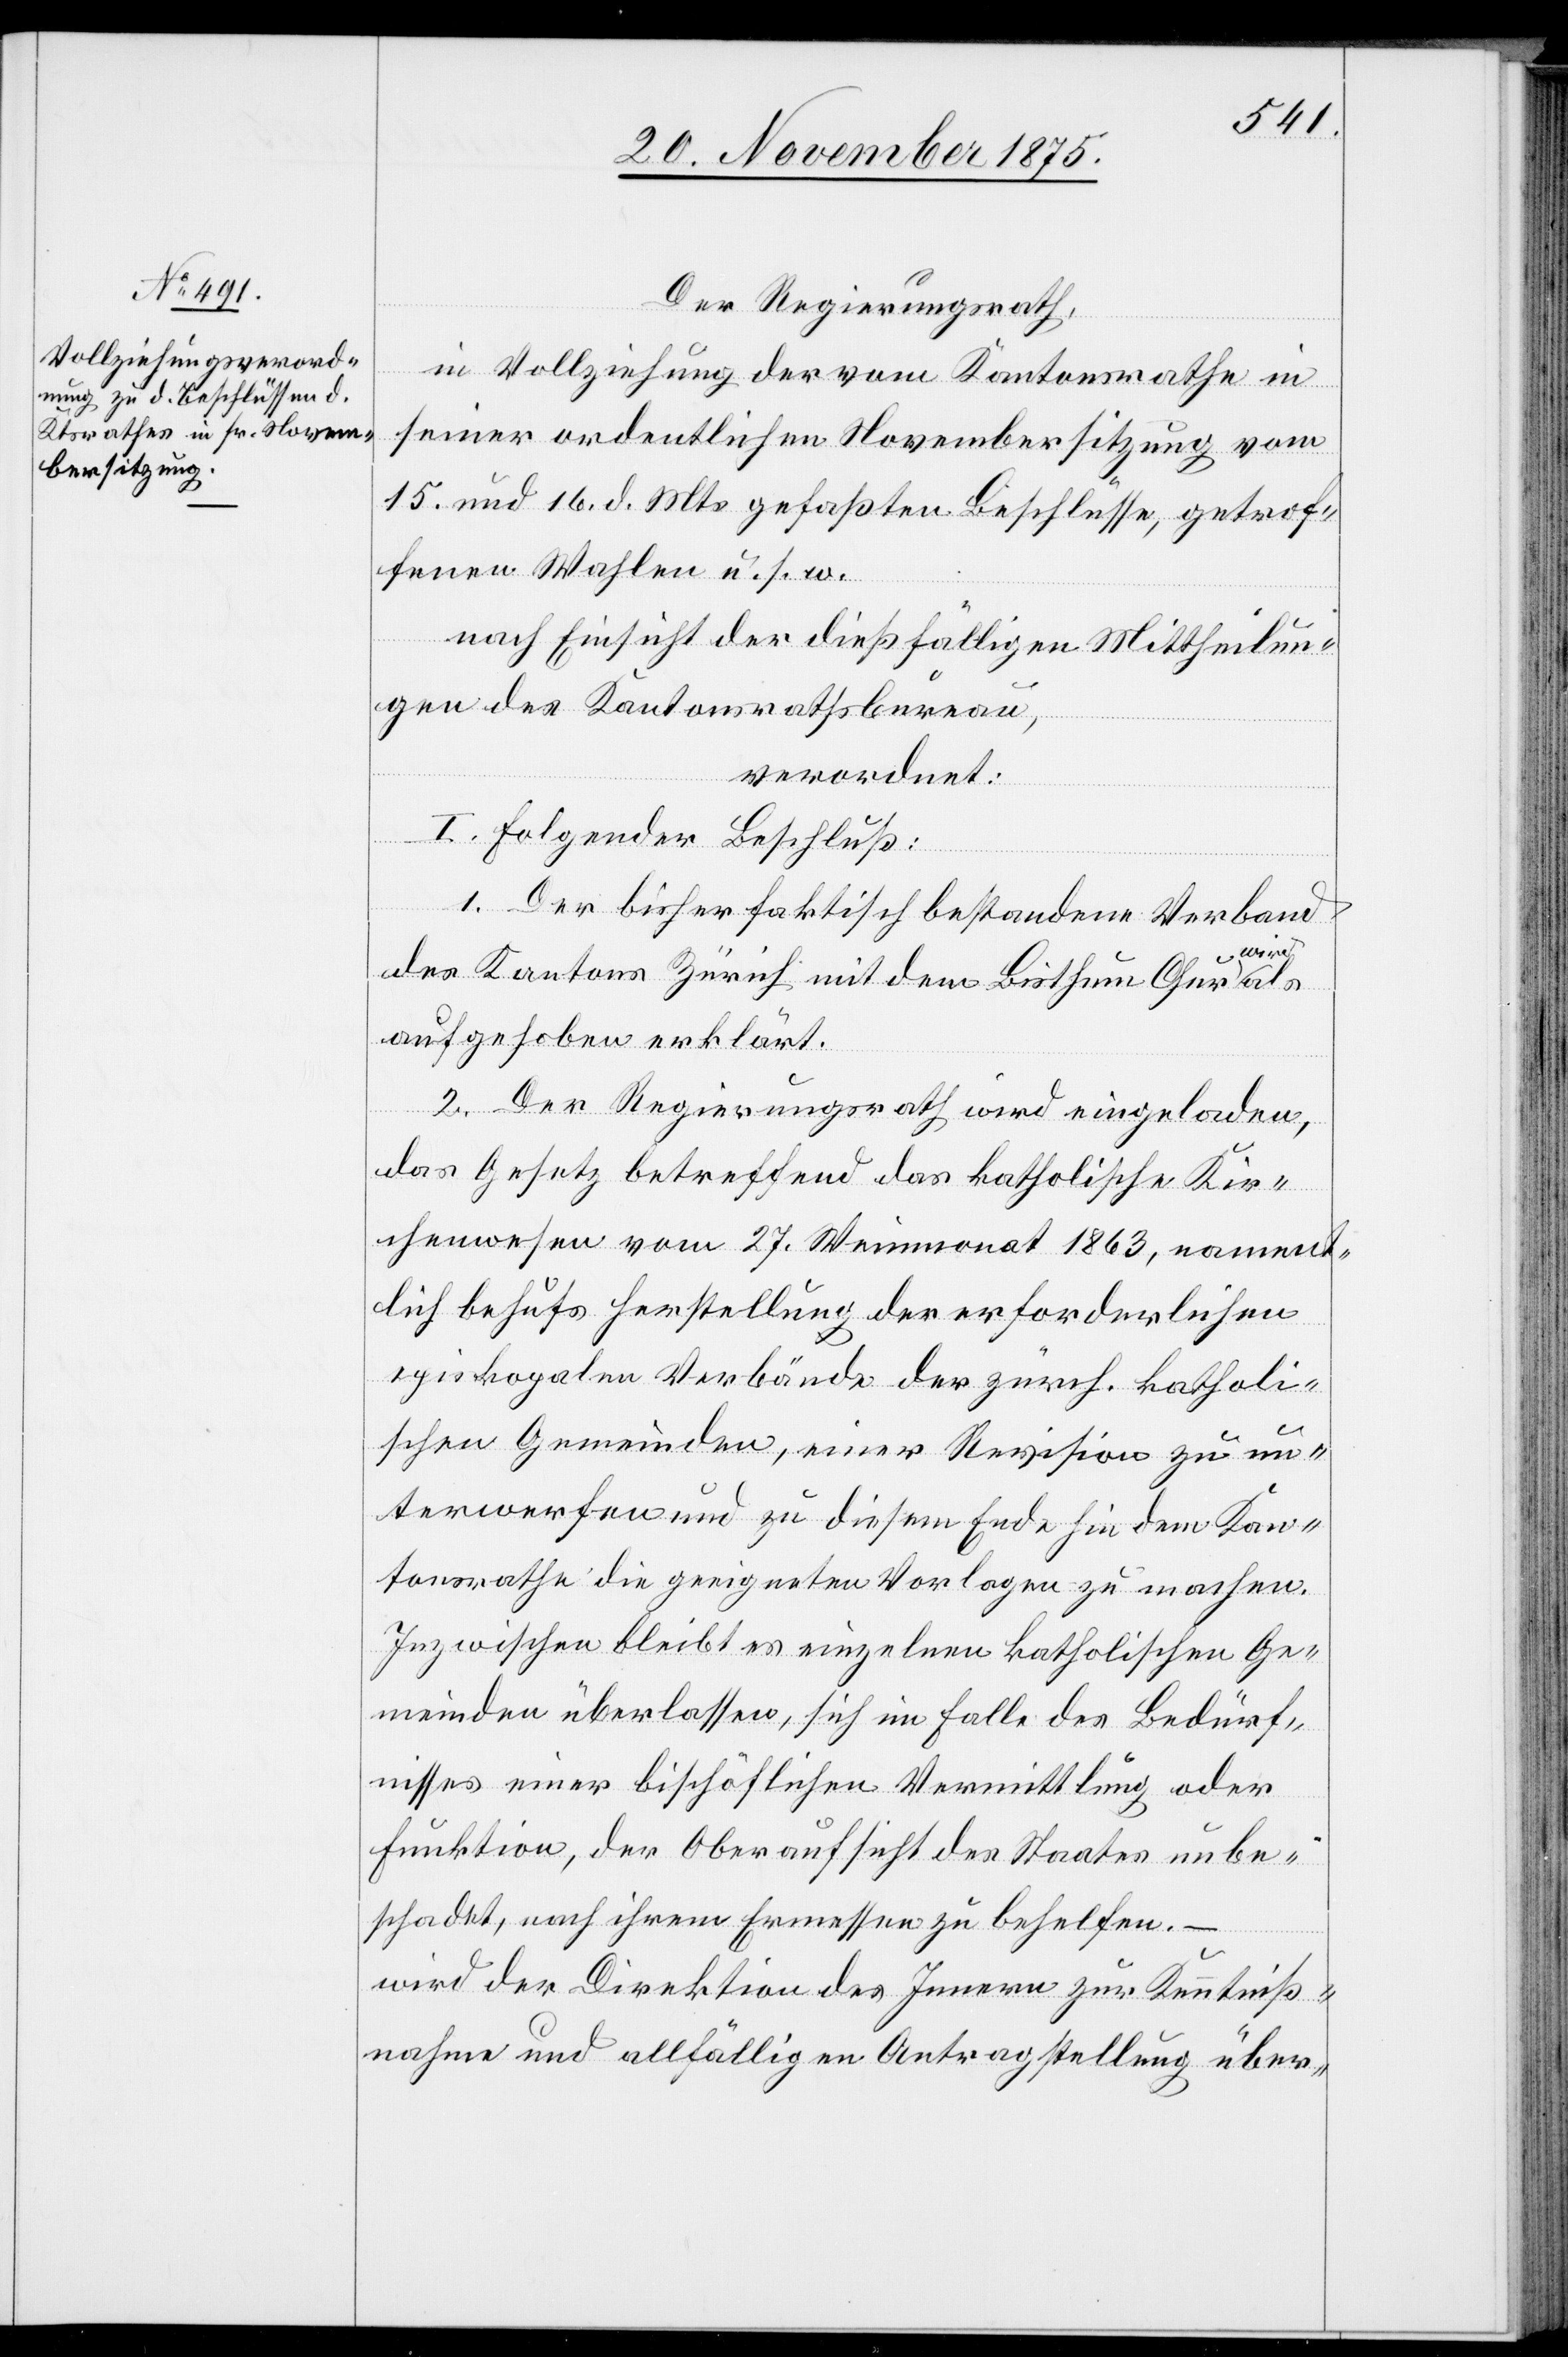
Der Regierungsrath,
in Vollziehung der vom Kantonsrathe in
seiner ordentlichen Novembersitzung vom
15. und 16. d. Mts. gefaßten Beschlüsse, getrof¬
fenen Wahlen u. s. w.
nach Einsicht der dießfälligen Mittheilun¬
gen des Kantonsrathsbureau,
verordnet:
I. Folgender Beschluß:
1. Der bisher faktisch bestandene Verband
wird
des Kantons Zürich mit dem Bisthum Chur
aufgehoben erklärt.
2. Der Regierungsrath wird eingeladen,
das Gesetz betreffend das katholische Kir¬
chenwesen vom 27. Weinmonat 1863, nament¬
lich behufs Herstellung der erforderlichen
episkopalen Verbände der zürch. katholi¬
schen Gemeinden, einer Revision zu un¬
terwerfen und zu diesem Ende hin dem Kan¬
tonsrathe die geeigneten Vorlagen zu machen.
Inzwischen bleibt es einzelnen katholischen Ge¬
meinden überlassen, sich im Falle des Bedürf¬
nisses einer bischöflichen Vermittlung oder
Funktion, der Oberaufsicht des Staates unbe¬
schadet, nach ihrem Ermessen zu behelfen. –
wird der Direktion des Innern zur Kenntniß¬
nahme und allfälligen Antragstellung über-